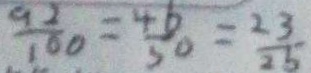
\frac { 9 2 } { 1 0 0 } = \frac { 4 6 } { 3 0 } = \frac { 2 3 } { 2 5 }